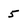
Character: 5